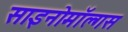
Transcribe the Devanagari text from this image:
साइनोमॉल्गस